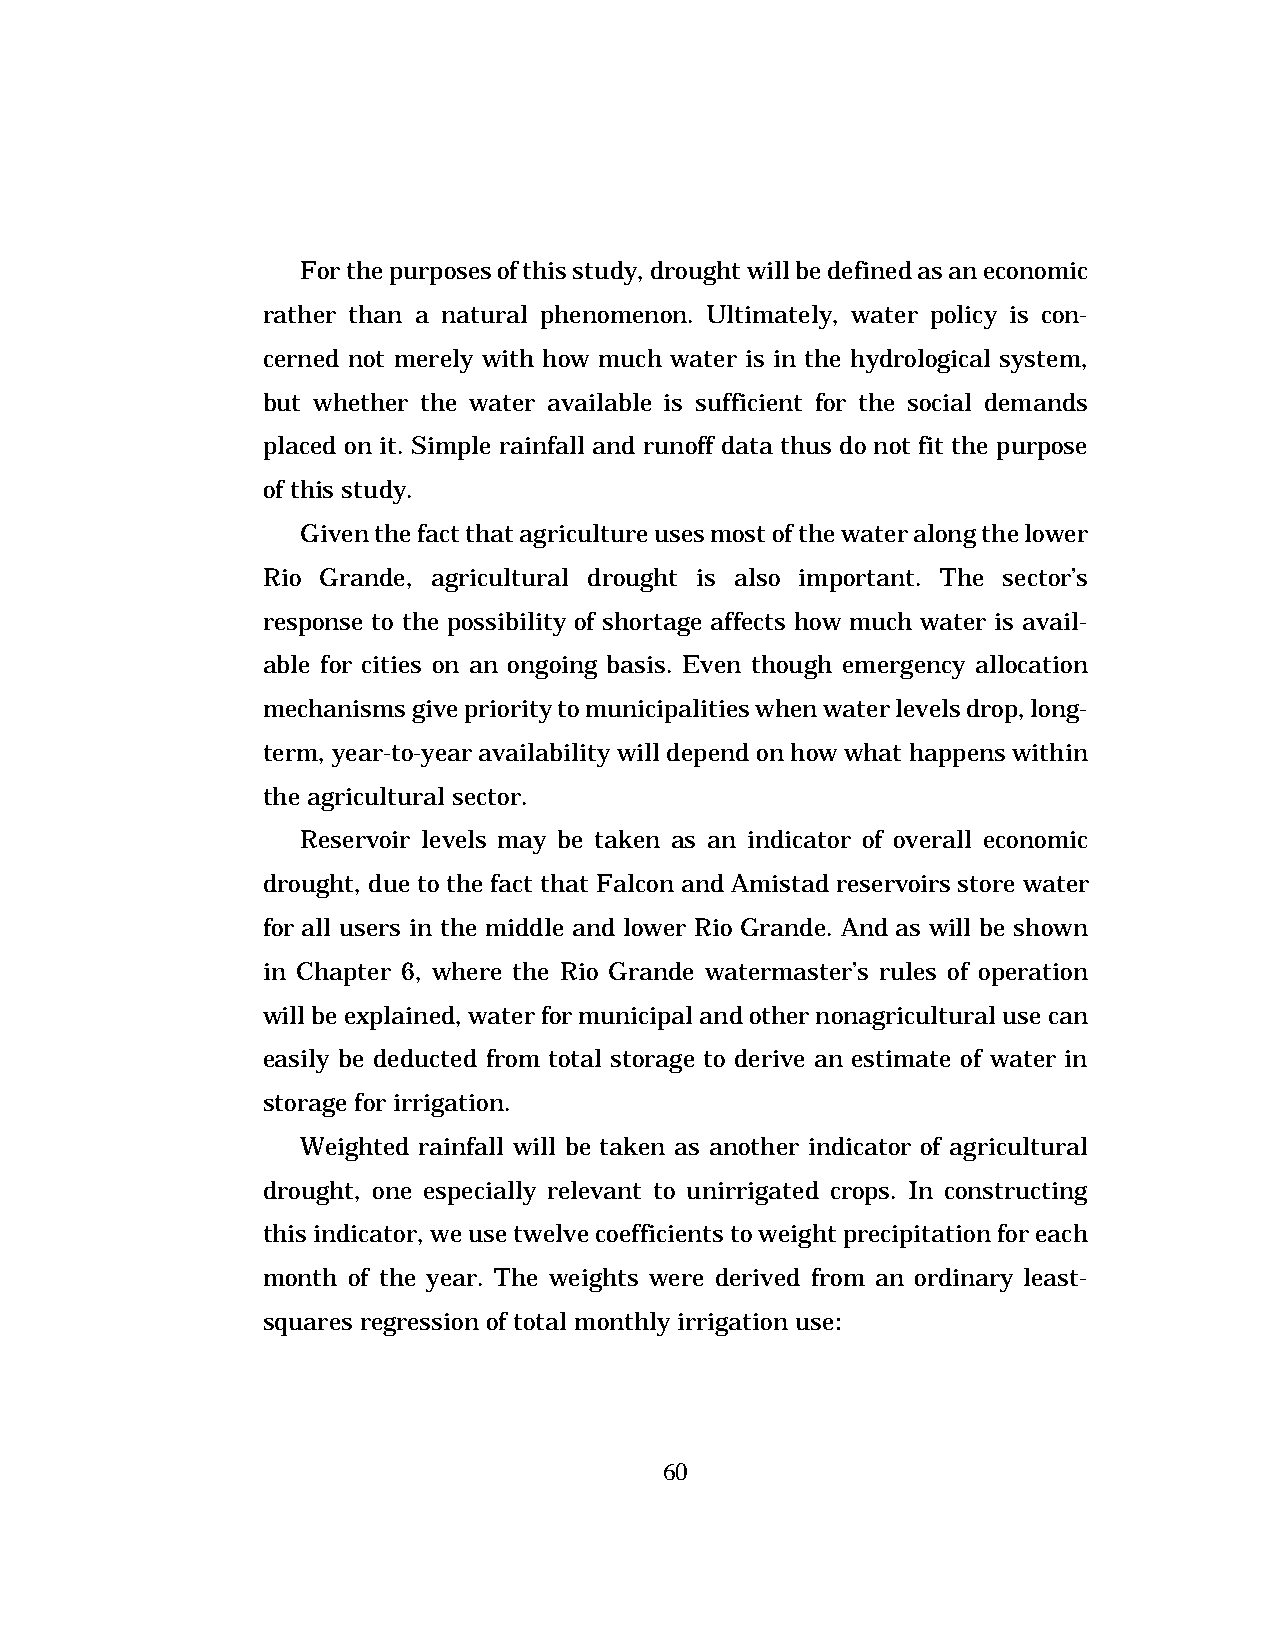
For the purposes of this study, drought will be defined as an economic
 rather than a natural phenomenon. Ultimately, water policy is con-
 cerned not merely with how much water is in the hydrological system,
 but whether the water available is sufficient for the social demands
 placed on it. Simple rainfall and runoff data thus do not fit the purpose
 of this study.
 Given the fact that agriculture uses most of the water along the lower
 Rio Grande, agricultural drought is also important. The sector’s
 response to the possibility of shortage affects how much water is avail-
 able for cities on an ongoing basis. Even though emergency allocation
 mechanisms give priority to municipalities when water levels drop, long-
 term, year-to-year availability will depend on how what happens within
 the agricultural sector.
 Reservoir levels may be taken as an indicator of overall economic
 drought, due to the fact that Falcon and Amistad reservoirs store water
 for all users in the middle and lower Rio Grande. And as will be shown
 in Chapter 6, where the Rio Grande watermaster’s rules of operation
 will be explained, water for municipal and other nonagricultural use can
 easily be deducted from total storage to derive an estimate of water in
 storage for irrigation.
 Weighted rainfall will be taken as another indicator of agricultural
 drought, one especially relevant to unirrigated crops. In constructing
 this indicator, we use twelve coefficients to weight precipitation for each
 month of the year. The weights were derived from an ordinary least-
 squares regression of total monthly irrigation use:
 60